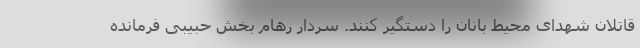
قاتلان شهدای محیط بانان را دستگیر کنند. سردار رهام بخش حبیبی فرمانده